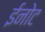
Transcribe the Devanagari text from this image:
ईनोट